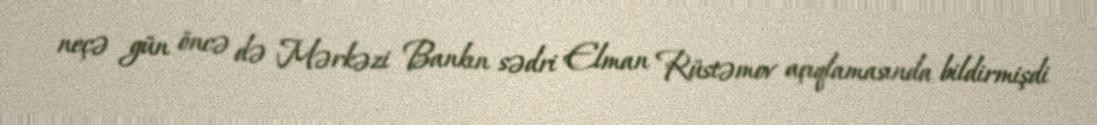
neçə gün öncə də Mərkəzi Bankın sədri Elman Rüstəmov açıqlamasında bildirmişdi